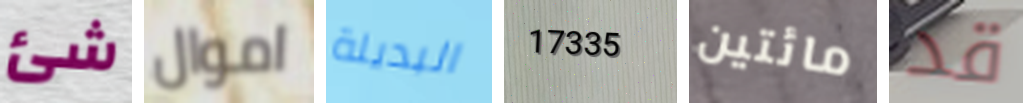
شئ اموال البديلة 17335 مائتين قد